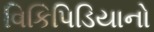
વિકિપિડિયાનો